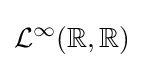
{\mathcal {L}}^{\infty }(\mathbb {R} ,\mathbb {R} )